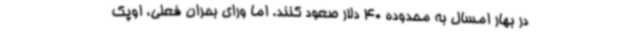
در بهار امسال به محدوده 40 دلار صعود کنند. اما ورای بحران فعلی، اوپک